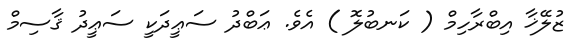
ޒުލޭޚާ އިބްރާހިމް ( ކަނބުލޮ ) އެވެ. ޢަބްދު ސަޢީދަކީ ސަޢީދު ޤާސިމް